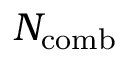
N _ { \mathrm { c o m b } }